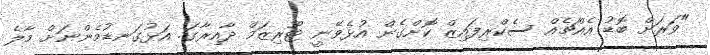
"ވަރަށް ބޮޑު އެއްޗެއް ސެކްރިފައިޒް ކޮށްގެން އުޅެވޭނީ ޓޫރިޒަމް ދާއިރާގަ. އަޅުގަނޑުމެންނަށް މާލެ